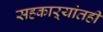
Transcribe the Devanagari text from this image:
सहकाऱ्यांतही